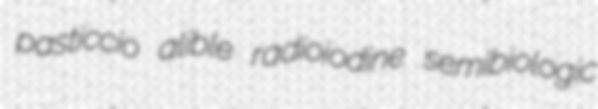
pasticcio alible radioiodine semibiologic